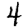
Digit: 4